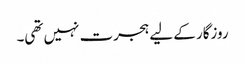
روزگار کے لیے ہجرت نہیں تھی۔